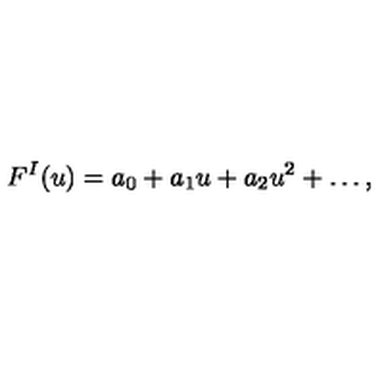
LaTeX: F ^ { I } ( u ) = a _ { 0 } + a _ { 1 } u + a _ { 2 } u ^ { 2 } + \dots ,